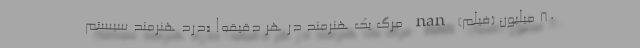
۸۰ میلیون (فیلم) nan مرگ یک هنرمند در هر دقیقه! «درد هنرمند سیستم